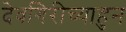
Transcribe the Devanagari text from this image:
देवगिरीच्याहुन